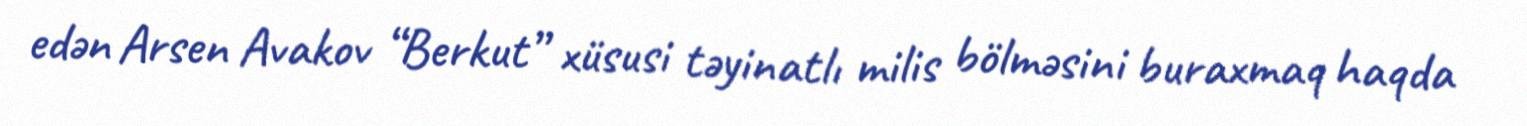
edən Arsen Avakov “Berkut” xüsusi təyinatlı milis bölməsini buraxmaq haqda